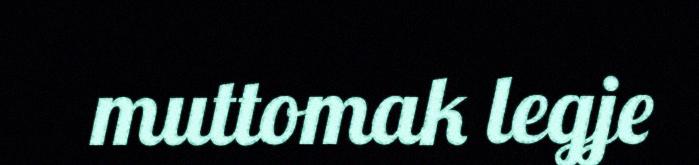
muttomak legje